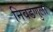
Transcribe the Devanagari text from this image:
निवडणुला